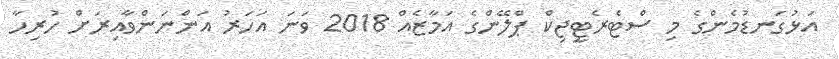
އަޅުގަނޑުމެންގެ މި ސްޓެރެޓީޖިކް ޕްލޭންގެ އަމާޒެއް 2018 ވަނަ އަހަރު އަންނަންވާއިރަށް ހުރިހާ